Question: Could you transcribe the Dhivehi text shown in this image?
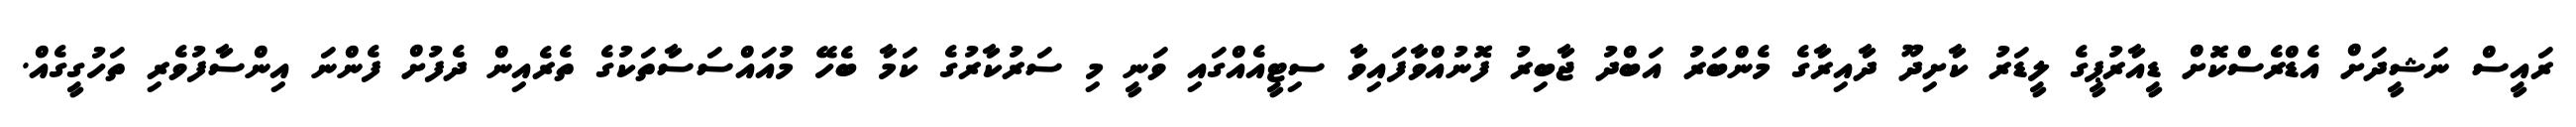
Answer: ރައީސް ނަޝީދަށް އެޑްރެސްކޮށް ޑީއާރުޕީގެ ލީޑަރު ކާށިދޫ ދާއިރާގެ މެންބަރު އަބްދު ޖާބިރު ފޮނުއްވާފައިވާ ސިޓީއެއްގައި ވަނީ މި ސަރުކާރުގެ ކަމާ ބެހޭ މުއައްސަސާތަކުގެ ތެރެއިން ދެފުށް ފެންނަ އިންސާފުވެރި ތަހުގީގެއް.